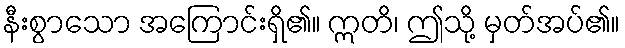
နီးစွာသော အကြောင်းရှိ၏။ ဣတိ၊ ဤသို့ မှတ်အပ်၏။